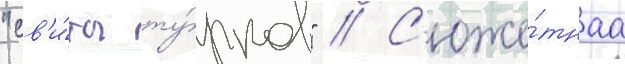
"св'и́ты ту́рков" // С'юже́тнаа